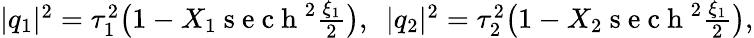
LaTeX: \begin{array}{r}{\lvert q_{1}\rvert^{2}=\tau_{1}^{2}\big(1-X_{1}\mathrm{~s~e~c~h~}^{2}\frac{\xi_{1}}{2}\big),~~\lvert q_{2}\rvert^{2}=\tau_{2}^{2}\big(1-X_{2}\mathrm{~s~e~c~h~}^{2}\frac{\xi_{1}}{2}\big),}\end{array}